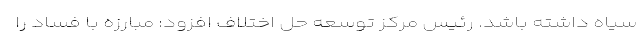
سیاه داشته باشد. رئیس مرکز توسعه حل اختلاف افزود: مبارزه با فساد را